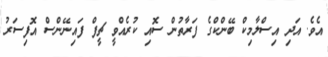
އެވެ. އަދި އިސްލާމިކް ބޭންކްގެ ފަރާތުން ސޮއި ކުރެއްވީ ޗީފް ފައިނޭންސް އޮފިސަރު